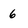
Character: 6